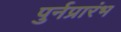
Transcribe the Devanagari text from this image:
पुर्नप्रारंभ